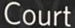
Court